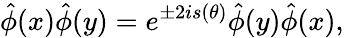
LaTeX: \hat{\phi}(x)\hat{\phi}(y)=e^{\pm 2is(\theta)}\hat{\phi}(y)\hat{\phi}(x),